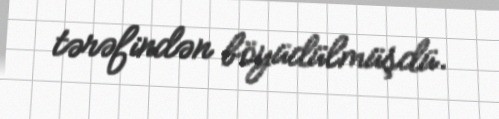
tərəfindən böyüdülmüşdü.